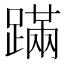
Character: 蹣